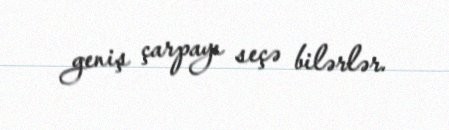
geniş çarpayı seçə bilərlər.